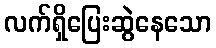
လက်ရှိပြေးဆွဲနေသော